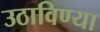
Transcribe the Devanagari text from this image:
उठाविण्या